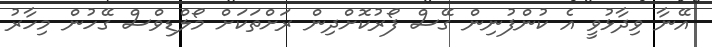
އޭނާ ވިދާޅުވީ އެ ކުންފުނިން ގޭސް ފޯރުކޮށްދިން ރަށްތަކަށް މޯލްޑިވްސް ގޭހުން މިހާރު